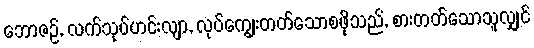
ဘောဇဉ်, လက်သုပ်ဟင်းလျာ, လုပ်ကျွေးတတ်သောစဖိုသည်, စားတတ်သောသူလျှင်